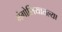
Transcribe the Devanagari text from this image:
मंगोलियातल्या